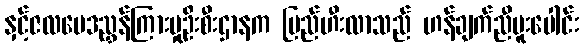
နှင့်ဇလဗေဒညွှန်ကြားမှုဦးစီးဌာနက မြည်ဟီးလာသည် ဟန်ချက်ညီပူးပေါင်း